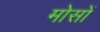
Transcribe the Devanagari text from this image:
मोसों